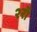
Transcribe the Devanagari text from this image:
२रॉ